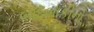
બાદબાકીનો